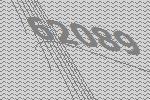
62089